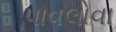
પાવલોવા